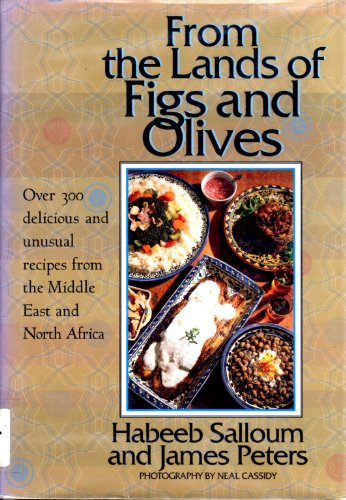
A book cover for From the Lands of Figs and Olives: Over 300 Delicious and Unusual Recipes from the Middle East and North Africa; Habeeb Salloum; Cookbooks, Food & Wine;